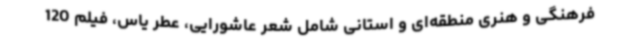
فرهنگی و هنری منطقه‌ای و استانی شامل شعر عاشورایی، عطر یاس، فیلم 120